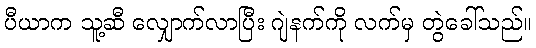
ပီယာက သူ့ဆီ လျှောက်လာပြီး ဂျဲနက်ကို လက်မှ တွဲခေါ်သည်။